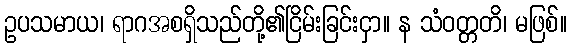
ဥပသမာယ၊ ရာဂအစရှိသည်တို့၏ငြိမ်းခြင်းငှာ။ န သံဝတ္တတိ၊ မဖြစ်။